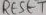
Text: RESET